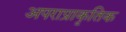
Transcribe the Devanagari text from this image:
अपराप्राकृतिक